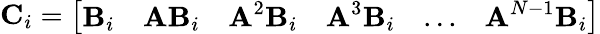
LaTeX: \textbf{C}_{i}=\left[\begin{array}{llllll}{\textbf{B}_{i}}&{\textbf{AB}_{i}}&{\textbf{A}^{2}\textbf{B}_{i}}&{\textbf{A}^{3}\textbf{B}_{i}}&{...}&{\textbf{A}^{N-1}\textbf{B}_{i}}\end{array}\right]